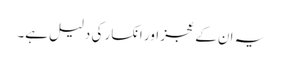
یہ ان کے عجز اور انکسار کی دلیل ہے۔